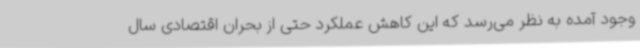
وجود آمده به نظر می‌رسد که این کاهش عملکرد حتی از بحران اقتصادی سال